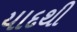
યાદથી